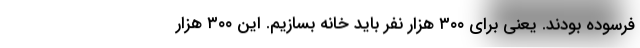
فرسوده بودند. یعنی برای ۳۰۰ هزار نفر باید خانه بسازیم. این ۳۰۰ هزار